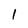
Character: 1